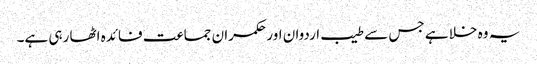
یہ وہ خلا ہے جس سے طیب اردوان اور حکمران جماعت فائدہ اٹھا رہی ہے۔